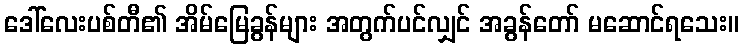
ဒေါ်လေးပစ်တီ၏ အိမ်မြေခွန်များ အတွက်ပင်လျှင် အခွန်တော် မဆောင်ရသေး။